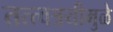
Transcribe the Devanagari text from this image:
तत्त्वत्रयीमुळे